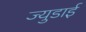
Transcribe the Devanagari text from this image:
ज्युडाई